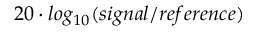
2 0 \cdot l o g _ { 1 0 } ( s i g n a l / r e f e r e n c e )